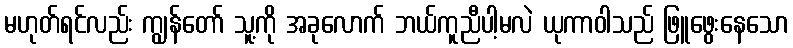
မဟုတ်ရင်လည်း ကျွန်တော် သူ့ကို အခုလောက် ဘယ်ကူညီပါ့မလဲ ယုကာဝါသည် ဖြူဖွေးနေသော